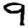
Digit: 9